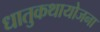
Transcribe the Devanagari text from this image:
धातुकथायोजना